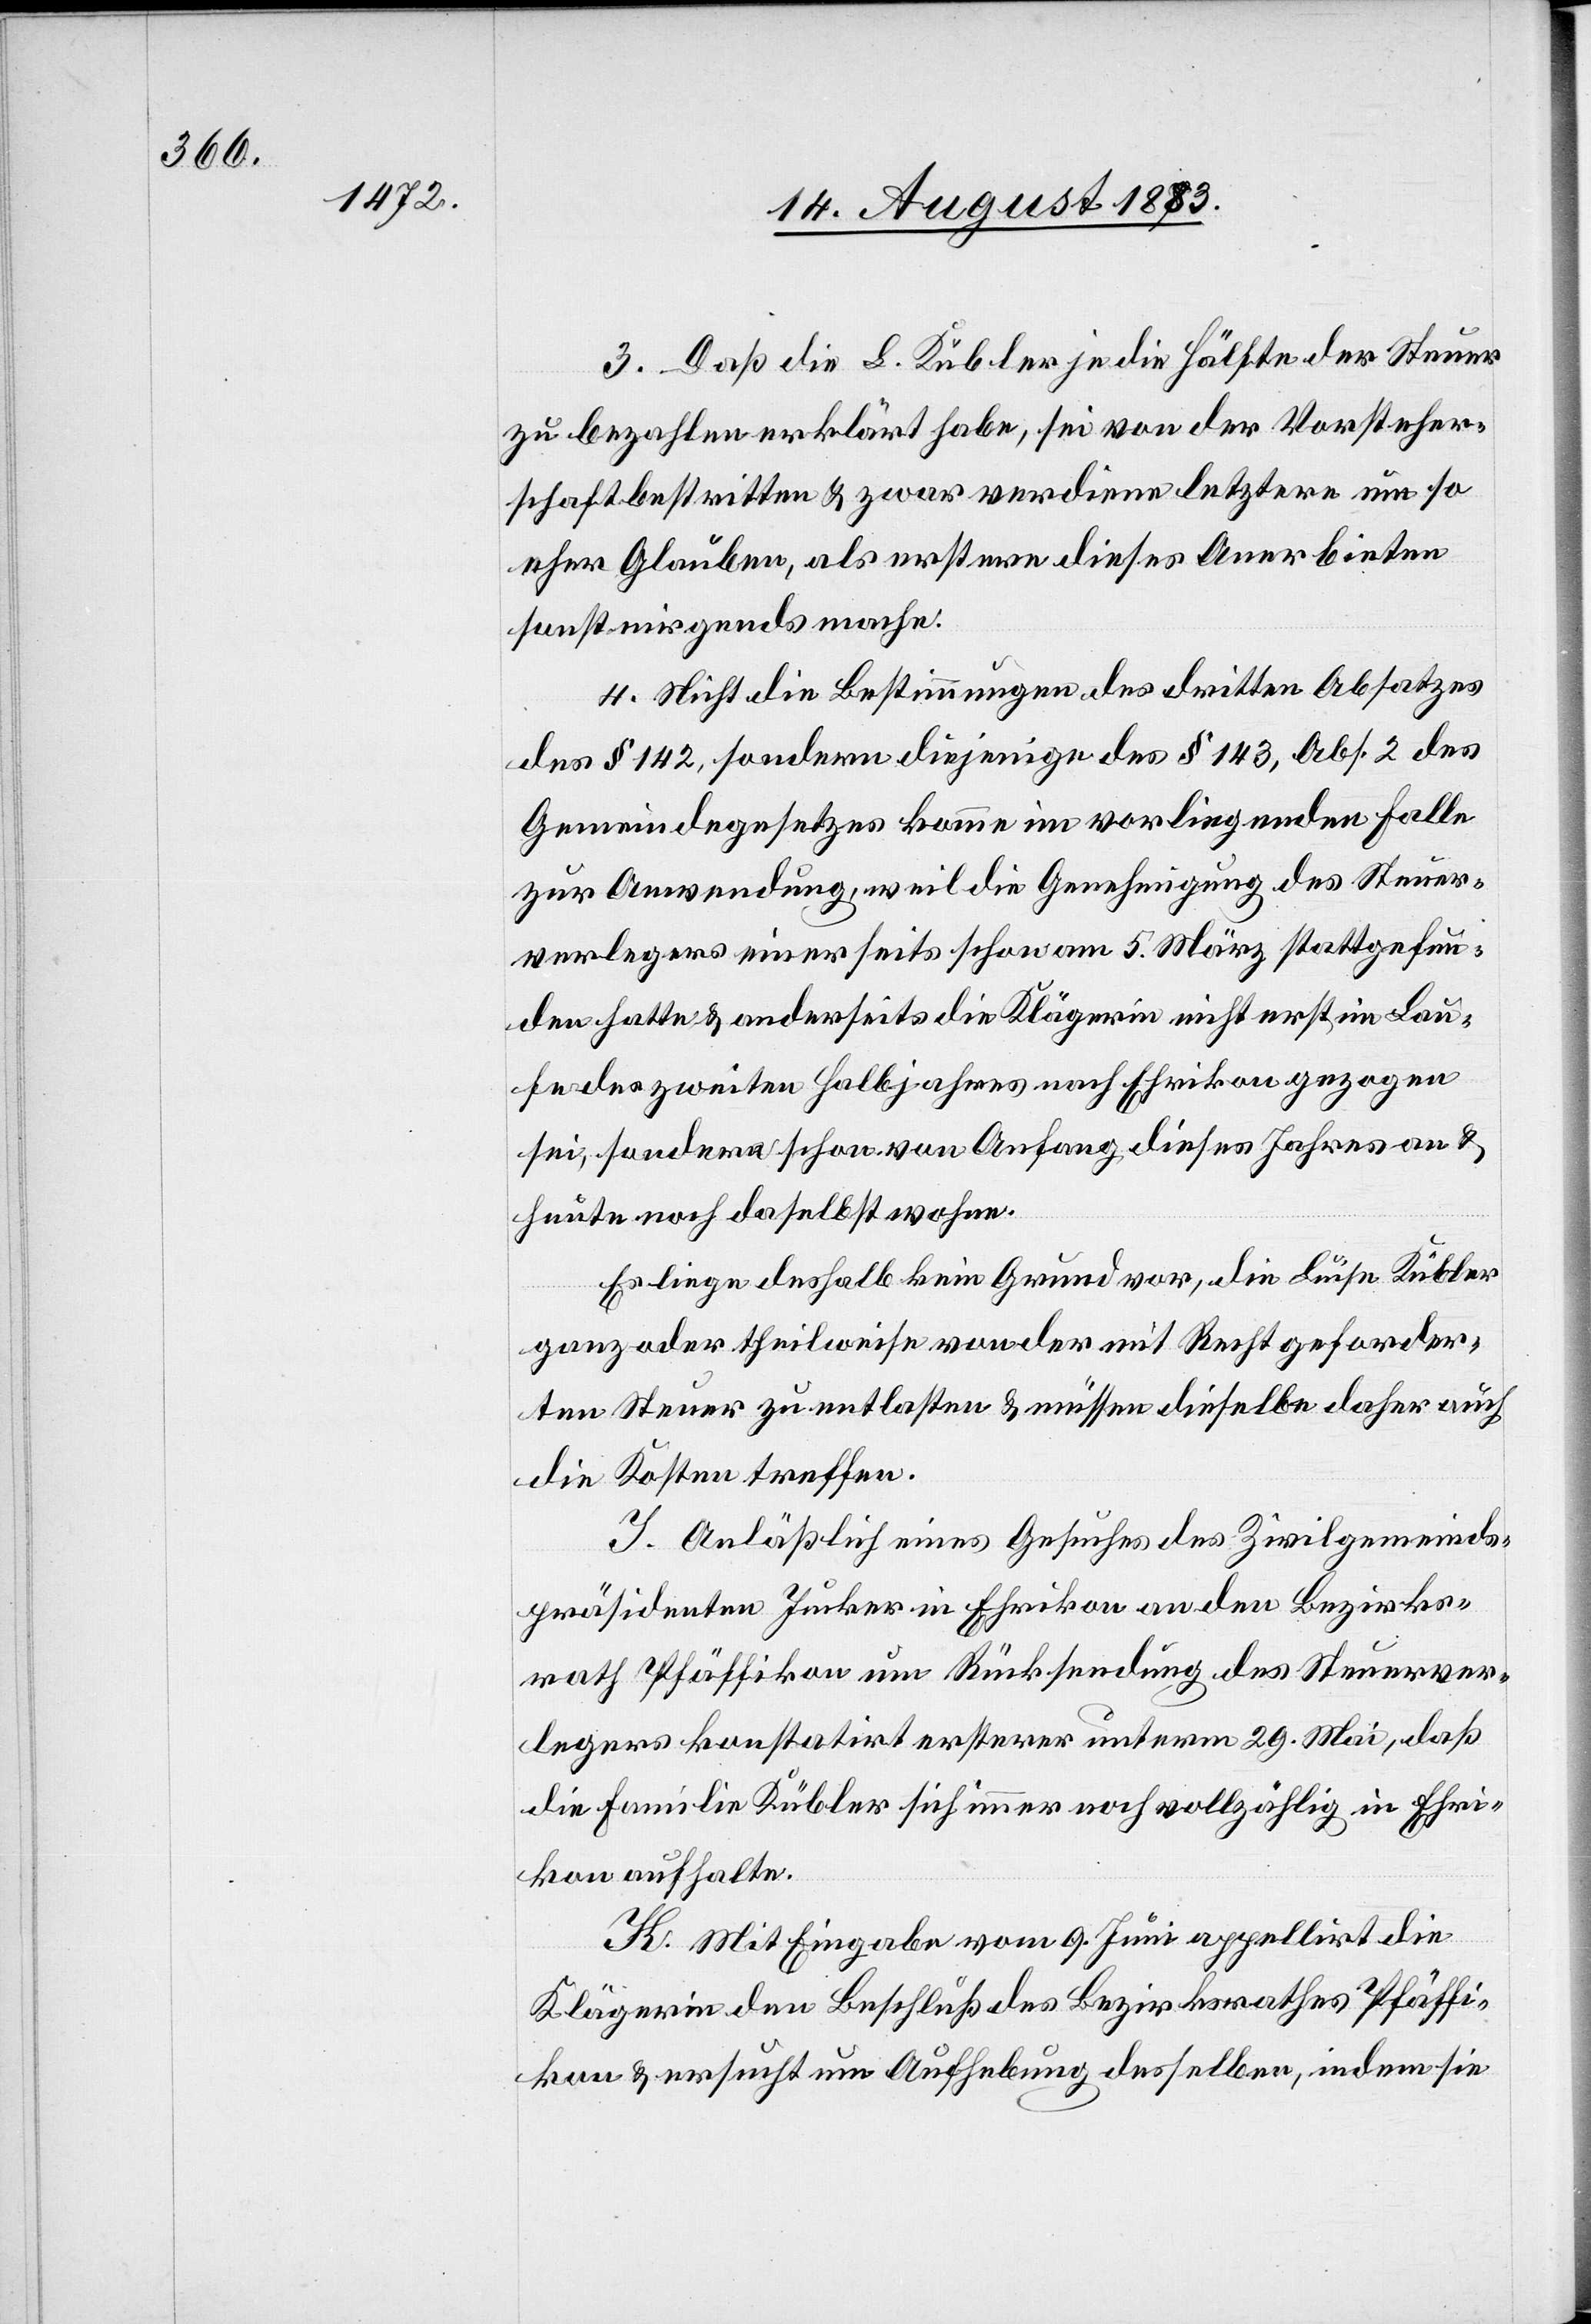
3. Daß L. Kübler je die Hälfte der Steuer
zu bezahlen erklärt habe, sei von der Vorsteher¬
schaft bestritten & zwar verdienen letztere um so
eher Glauben, als erstere dieses Anerbieten
sonst nirgends mache.
4. Nicht die Bestimmungen des dritten Absatzes
des § 142, sondern diejenigen des § 143, Abs. 2 des
Gemeindegesetzes komme[n] im vorliegenden Falle
zur Anwendung, weil die Genehmigung des Steuer¬
verlegers einerseits schon am 5. März stattgefun¬
den hatte & anderseits die Klägerin nicht erst im Lau¬
fe des zweiten Halbjahres nach Ehrikon gezogen
sei, sondern schon von Anfang dieses Jahres an &
heute noch daselbst wohne.
I. Anläßlich eines Gesuches des Zivilgemeinds¬
präsidenten Jucker in Ehrikon an den Bezirks¬
rath Pfäffikon um Rücksendung des Steuerver¬
legers konstatirt ersterer unterm 29. Mai, daß
die Familie Kübler sich immer noch vollzählig in Ehri¬
kon aufhalte.
K. Mit Eingabe vom 9. Juni appellirt die
Klägerin den Beschluß des Bezirksrathes Pfäffi¬
kon & ersucht um Aufhebung desselben, indem sie